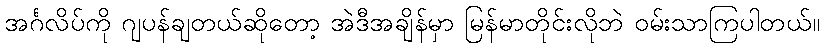
အင်္ဂလိပ်ကို ဂျပန်ချတယ်ဆိုတော့ အဲဒီအချိန်မှာ မြန်မာတိုင်းလိုဘဲ ဝမ်းသာကြပါတယ်။